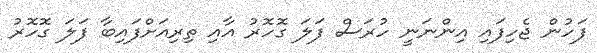
ފަހުން ޖެހިފައި އިންނަނީ ހުރަސް ފަލަ ގޮހޮރު އާއި ތިރިއަށްފައިބާ ފަލަ ގޮހޮރު